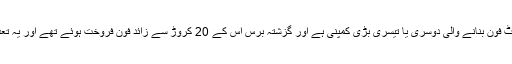
ہواوے دنیا میں اسمارٹ فون بنانے والی دوسری یا تیسری بڑی کمپنی ہے اور گزشتہ برس اس کے 20 کروڑ سے زائد فون فروخت ہوئے تھے اور یہ تعداد ایپل سے زیادہ ہے۔